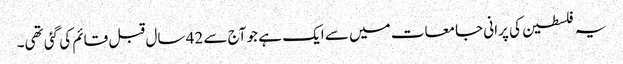
یہ فلسطین کی پرانی جامعات میں سے ایک ہے جو آج سے 42 سال قبل قائم کی گئی تھی۔